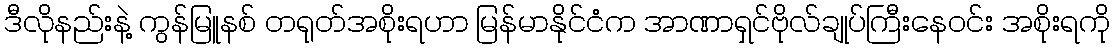
ဒီလိုနည်းနဲ့ ကွန်မြူနစ် တရုတ်အစိုးရဟာ မြန်မာနိုင်ငံက အာဏာရှင်ဗိုလ်ချုပ်ကြီးနေဝင်း အစိုးရကို